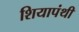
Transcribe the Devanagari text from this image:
शियापंथी